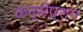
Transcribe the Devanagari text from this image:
कन्सेप्शन